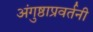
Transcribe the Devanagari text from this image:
अंगुष्ठाप्रवर्तनी